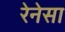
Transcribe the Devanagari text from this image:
रेनेसा